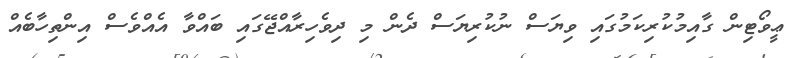
ޢީވޯޓިން ގާއިމުކުރިކަމުގައި ވިޔަސް ނުކުރިޔަސް ދެން މި ދިވެހިރާއްޖޭގައި ބައްވާ އެއްވެސް އިންތިހާބެއް